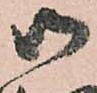
御